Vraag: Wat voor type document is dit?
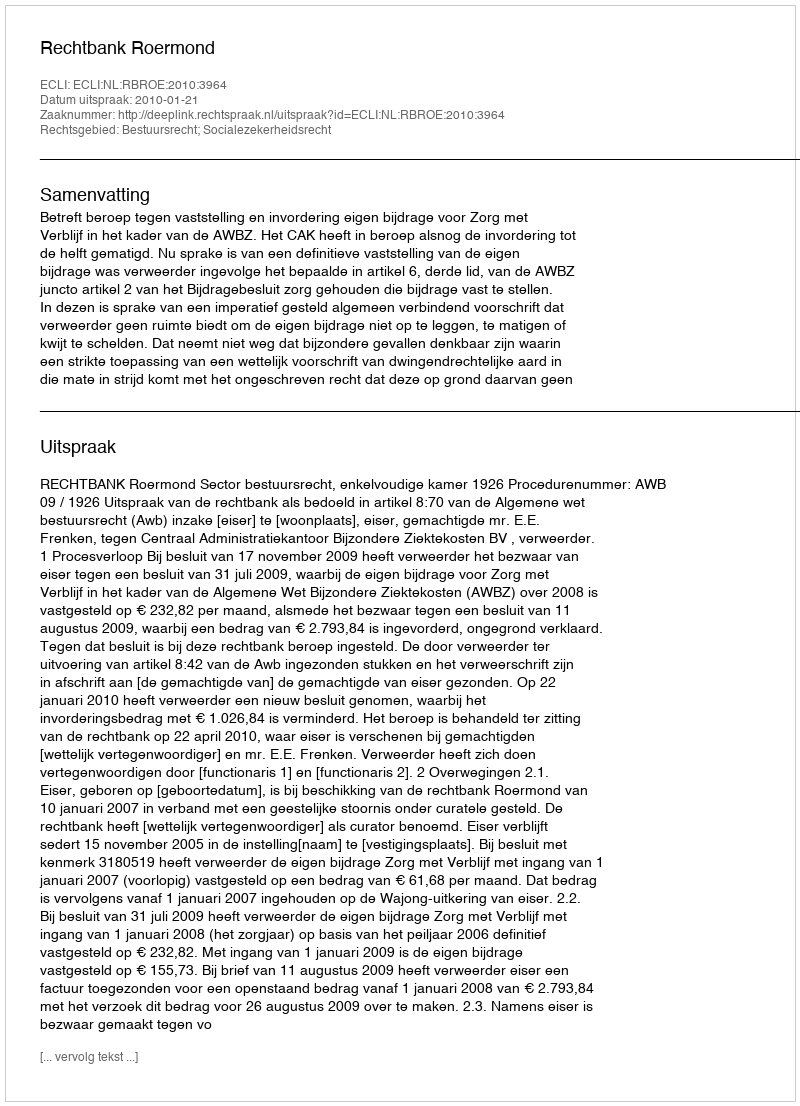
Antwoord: Uitspraak